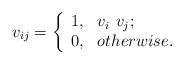
LaTeX: \begin{align*} v_{ij}=\left\{\begin{array}{ll}1, & \hbox{$v_i\, \, v_j$;} \\0, & \hbox{$otherwise$.}\end{array} \right.\end{align*}